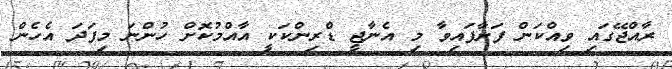
ރާއްޖޭގައި ވިއްކަން ފަށާފައިވާ މި އެނާޖީ ޑްރިންކަކީ އާއްމުކޮށް ހުންނަ މިފަދަ އެހެން